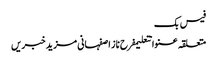
فیس بک
متعلقہ عنوانتعلیمفرح ناز اصفہانی مزید خبریں